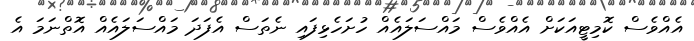
އެއްވެސް ކޮމިޓީއަކަށް އެއްވެސް މައްސަލައެއް ހުށަހެޅިފައި ނެތަސް އެފަދަ މައްސަލައެއް އޮތްނަމަ އެ